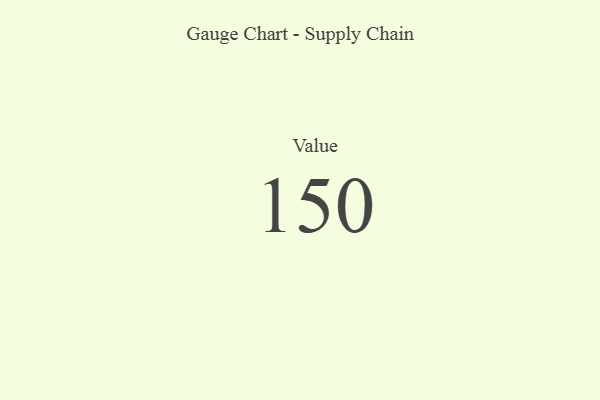
{"axis": {"x": "Metric", "y": "Value"}, "legend": [""], "data": [{"x": "Value", "y": 150, "type": ""}]}